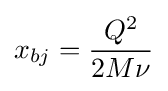
x_{bj}={\frac {Q^{2}}{2M\nu }}